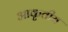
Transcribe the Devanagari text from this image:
आकृतीय